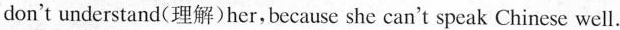
don't understand(理解)her, because she can't speak Chinese well.